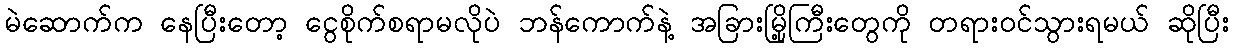
မဲဆောက်က နေပြီးတော့ ငွေစိုက်စရာမလိုပဲ ဘန်ကောက်နဲ့ အခြားမြို့ကြီးတွေကို တရားဝင်သွားရမယ် ဆိုပြီး